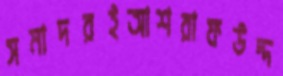
সমাদরইআশরাফউদ্দ